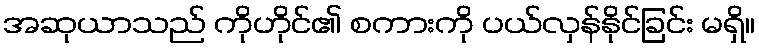
အဆုယာသည် ကိုဟိုင်၏ စကားကို ပယ်လှန်နိုင်ခြင်း မရှိ။